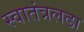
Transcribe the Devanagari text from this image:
स्वातंत्रलढा